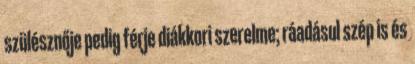
szülésznője pedig férje diákkori szerelme; ráadásul szép is és